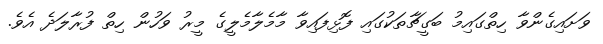
ވަށައިގެންވާ ހިތްގައިމު ބަގީޗާތަކުގައި ފޮޅިފައިވާ މާމެލާމެލީގެ މީރު ވަހުން ހިތް ފުރާލަދެ އެވެ.